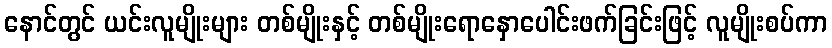
နောင်တွင် ယင်းလူမျိုးများ တစ်မျိုးနှင့် တစ်မျိုးရောနှောပေါင်းဖက်ခြင်းဖြင့် လူမျိုးစပ်ကာ